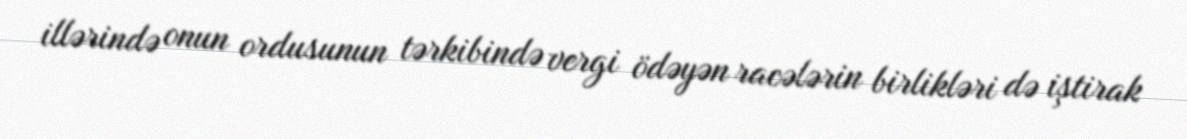
illərində onun ordusunun tərkibində vergi ödəyən racələrin birlikləri də iştirak